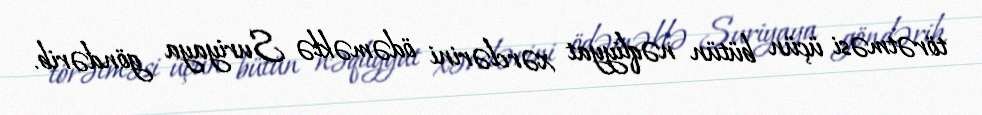
törətməsi üçün bütün nəqliyyat xərclərini ödəməklə Suriyaya göndərib.